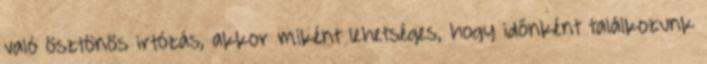
való ösztönös irtózás, akkor miként lehetséges, hogy időnként találkozunk